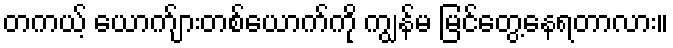
တကယ့် ယောက်ျားတစ်ယောက်ကို ကျွန်မ မြင်တွေ့နေရတာလား။